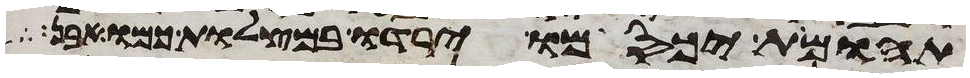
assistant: תהומות יכסמו ירדו במצלות כמו אבן